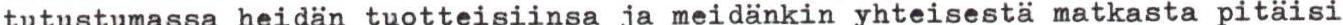
tutustumassa heidän tuotteisiinsa ja meidänkin yhteisestä matkasta pitäisi